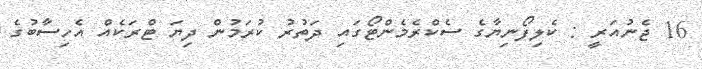
16 ޖެނުއަރީ : ކެލިފޯނިޔާގެ ސެކްރެމެންޓޯގައި ދަތުރު ކުރަމުން ދިޔަ ޓްރަކެއް އެހިސާބުގެ